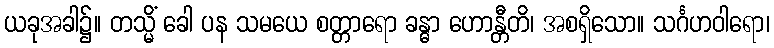
ယခုအခါ၌။ တသ္မိံ ခေါ ပန သမယေ စတ္တာရော ခန္ဓာ ဟောန္တီတိ၊ အစရှိသော။ သင်္ဂဟဝါရော၊